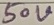
Text: 50V